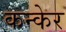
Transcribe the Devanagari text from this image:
कन्केर